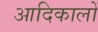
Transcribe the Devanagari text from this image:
आदिकालों